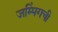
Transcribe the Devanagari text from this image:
जम्पिंगची